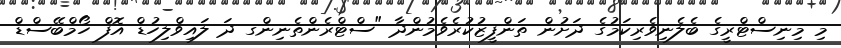
މި މިނިސްޓްރީގެ ބެލެނިވެރިކަމުގެ ދަށުން ތަންފީޒުކުރެވެމުންދާ "ސްޓްރެންތެނިންގ ދަ ލައިވްލިހުޑް އޮފް ހޯމްބޭސްޑް